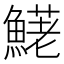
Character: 𩺆